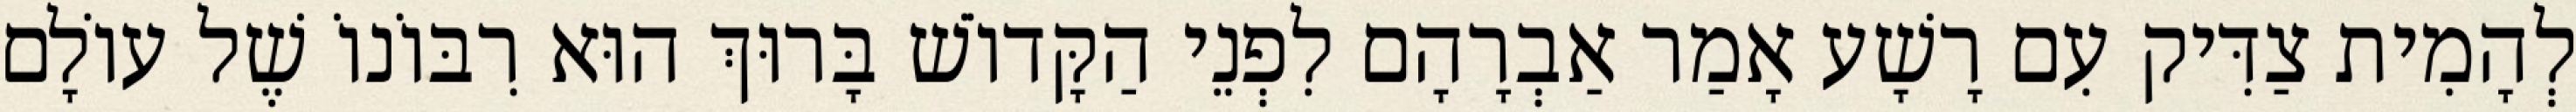
לְהָמִית צַדִּיק עִם רָשָׁע אָמַר אַבְרָהָם לִפְנֵי הַקָּדוֹשׁ בָּרוּךְ הוּא רִבּוֹנוֹ שֶׁל עוֹלָם